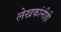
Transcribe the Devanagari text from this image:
लेखकांनीही